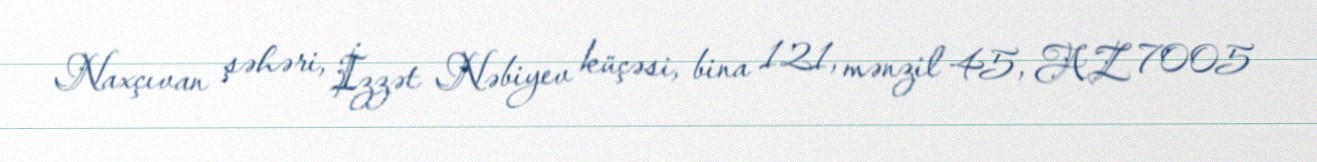
Naxçıvan şəhəri, İzzət Nəbiyev küçəsi, bina 121, mənzil 45, AZ 7005